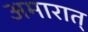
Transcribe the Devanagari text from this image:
अमारात्